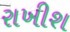
રાખીશ